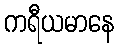
ကရီယမာနေ